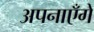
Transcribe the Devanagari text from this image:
अपनाएँगे